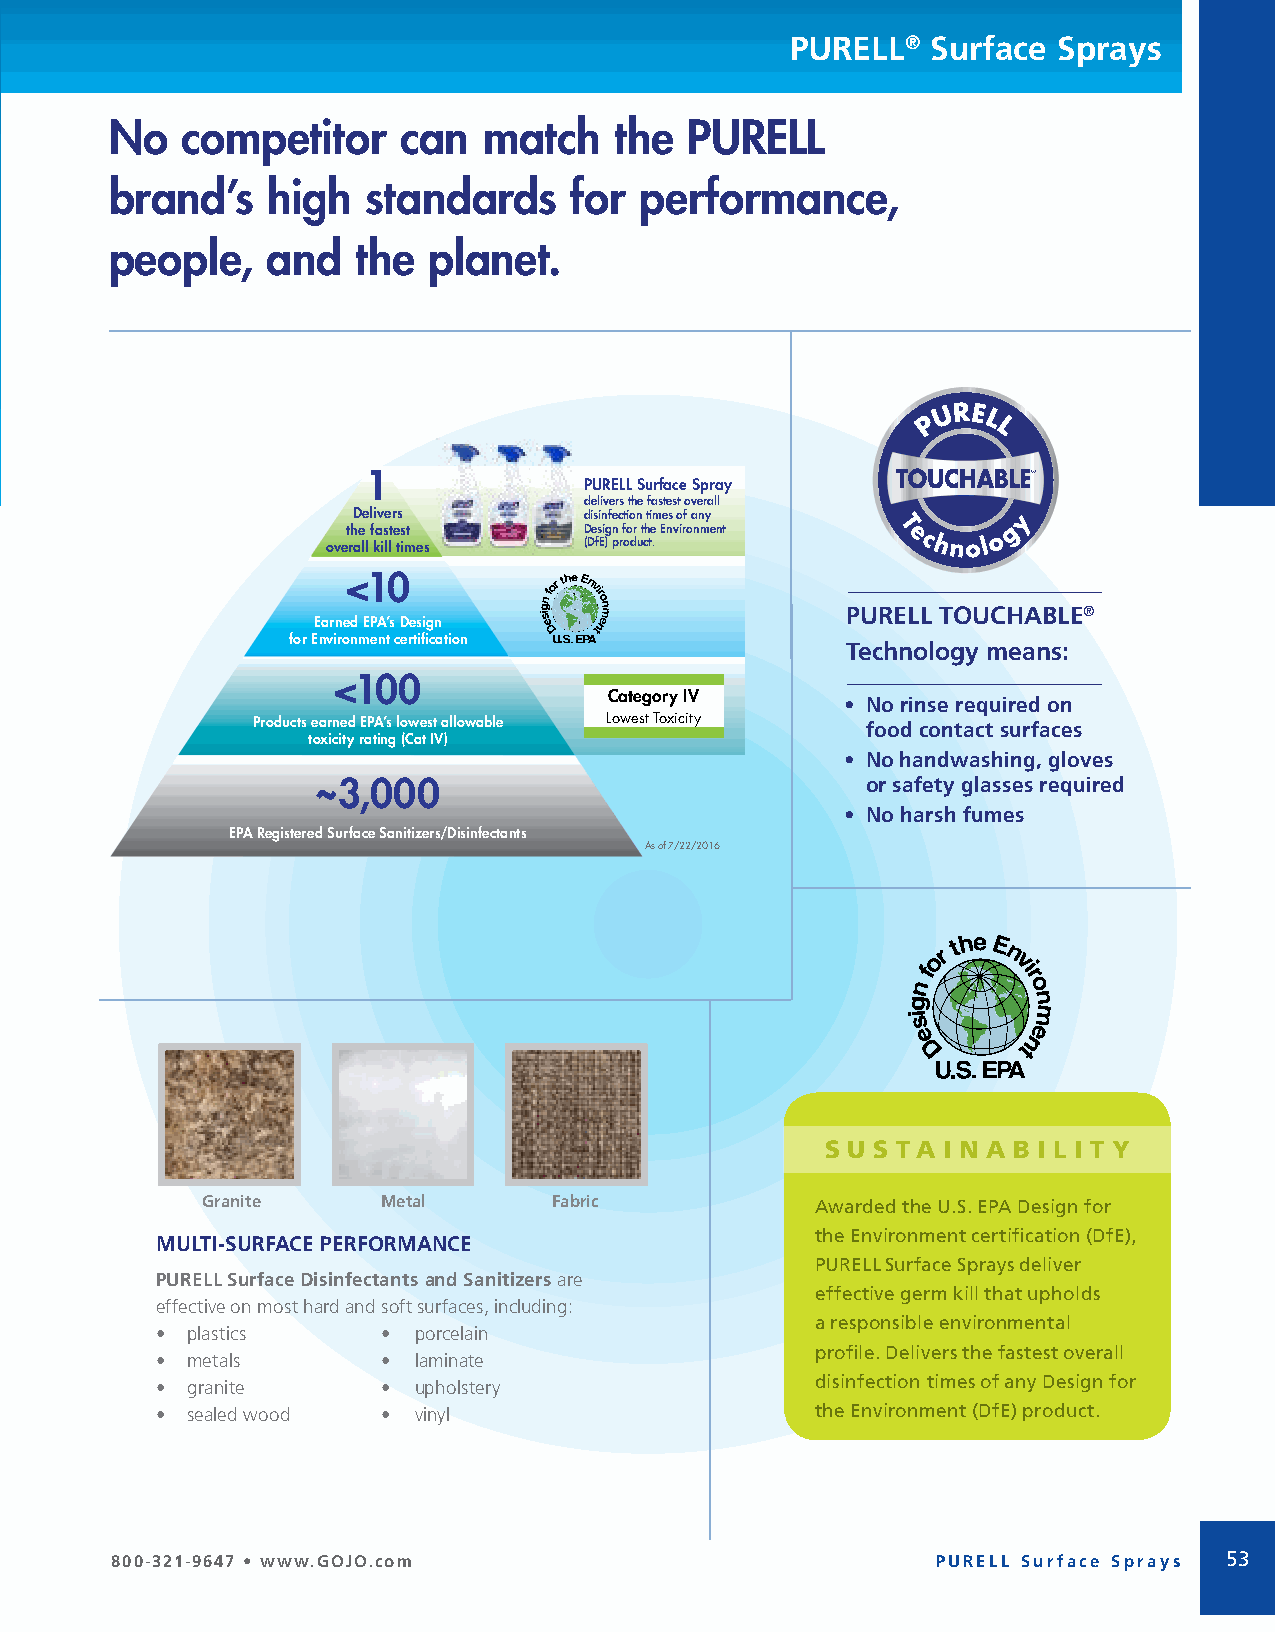
PURELL®   Surface Sprays
 No   competitor     can  match    the PURELL
 brand’s    high  standards     for performance,
 people,    and   the planet.
 1
 PURELL Surface Spray
 delivers the fastest overall
 Delivers        disinfection times of any
 the fastest     Design for the Environment
 overall kill times (DfE) product.
 <10
 PURELL TOUCHABLE®
 Earned EPA’s Design
 for Environment certification
 Technology means:
 <100
 Category IV
 • No rinse required on
 Products earned EPA’s lowest allowable Lowest Toxicity food contact surfaces
 toxicity rating (Cat IV)
 • No handwashing, gloves
 ~3,000                              or safety glasses required
 • No harsh fumes
 EPA Registered Surface Sanitizers/Disinfectants
 As of 7/22/2016
 S U S TA I N A B I L I T Y
 Granite     Metal       Fabric           Awarded the U.S. EPA Design for
 FORMULATED FOR FOOD CONTACT SURFACES
 MULTI-SURFACE PERFORMANCE
 the Environment certification (DfE),
 No rinse required on food contact surfaces.
 PURELL Surface Sprays deliver
 PURELL Surface Disinfectants and Sanitizers are
 effective germ kill that upholds
 effective on most hard and soft surfaces, including:
 a responsible environmental
 • plastics     • porcelain
 profile. Delivers the fastest overall
 • metals       • laminate
 disinfection times of any Design for
 • granite      • upholstery
 • sealed wood  • vinyl                      the Environment (DfE) product.
 800-321-9647 • www.GOJO.com                            PURELL Surface Sprays 53